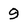
Character: 9